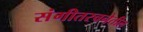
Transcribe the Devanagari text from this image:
संगीतरचनेतील